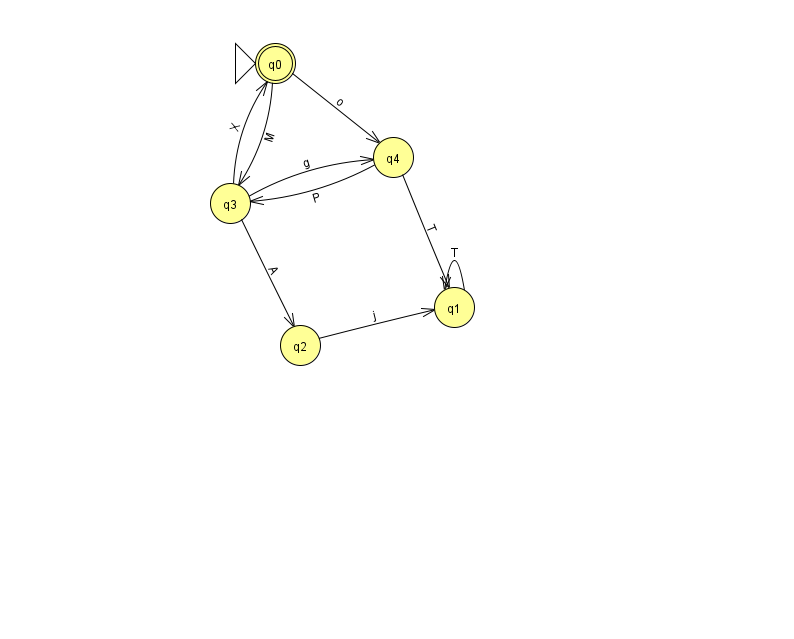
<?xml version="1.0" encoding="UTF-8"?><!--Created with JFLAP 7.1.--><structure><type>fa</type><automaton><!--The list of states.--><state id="0" name="q0"><x>275.0</x><y>50.0</y><initial/><final/></state><state id="1" name="q1"><x>454.0</x><y>294.0</y></state><state id="2" name="q2"><x>300.0</x><y>332.0</y></state><state id="3" name="q3"><x>230.0</x><y>190.0</y></state><state id="4" name="q4"><x>393.0</x><y>144.0</y></state><!--The list of transitions.--><transition><from>4</from><to>3</to><read>P</read></transition><transition><from>1</from><to>1</to><read>T</read></transition><transition><from>4</from><to>1</to><read>T</read></transition><transition><from>2</from><to>1</to><read>j</read></transition><transition><from>3</from><to>4</to><read>g</read></transition><transition><from>0</from><to>4</to><read>o</read></transition><transition><from>0</from><to>3</to><read>M</read></transition><transition><from>3</from><to>0</to><read>X</read></transition><transition><from>3</from><to>2</to><read>A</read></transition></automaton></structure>